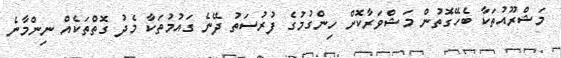
މަޝްރޫއުތަކާ ބެހޭގޮތުން މަޝްވަރާކޮށް ހިންގުމުގެ ފުރުސަތު ދޭނެ ގައުމުތަކާ މެދު ގޮތްތަކެއް ނިންމާނެ